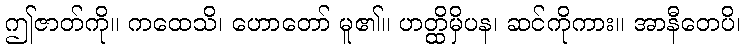
ဤဇာတ်ကို။ ကထေသိ၊ ဟောတော် မူ၏။ ဟတ္ထိမှိပန၊ ဆင်ကိုကား။ အာနီတေပိ၊